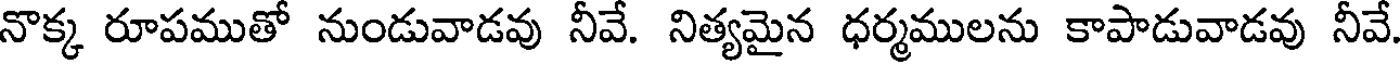
నొక్క రూపముతో నుండువాడవు నీవే. నిత్యమైన ధర్మములను కాపాడువాడవు నీవే